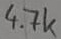
Text: 4.7k